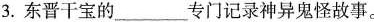
3.东晋干宝的___专门记录神异鬼怪故事。